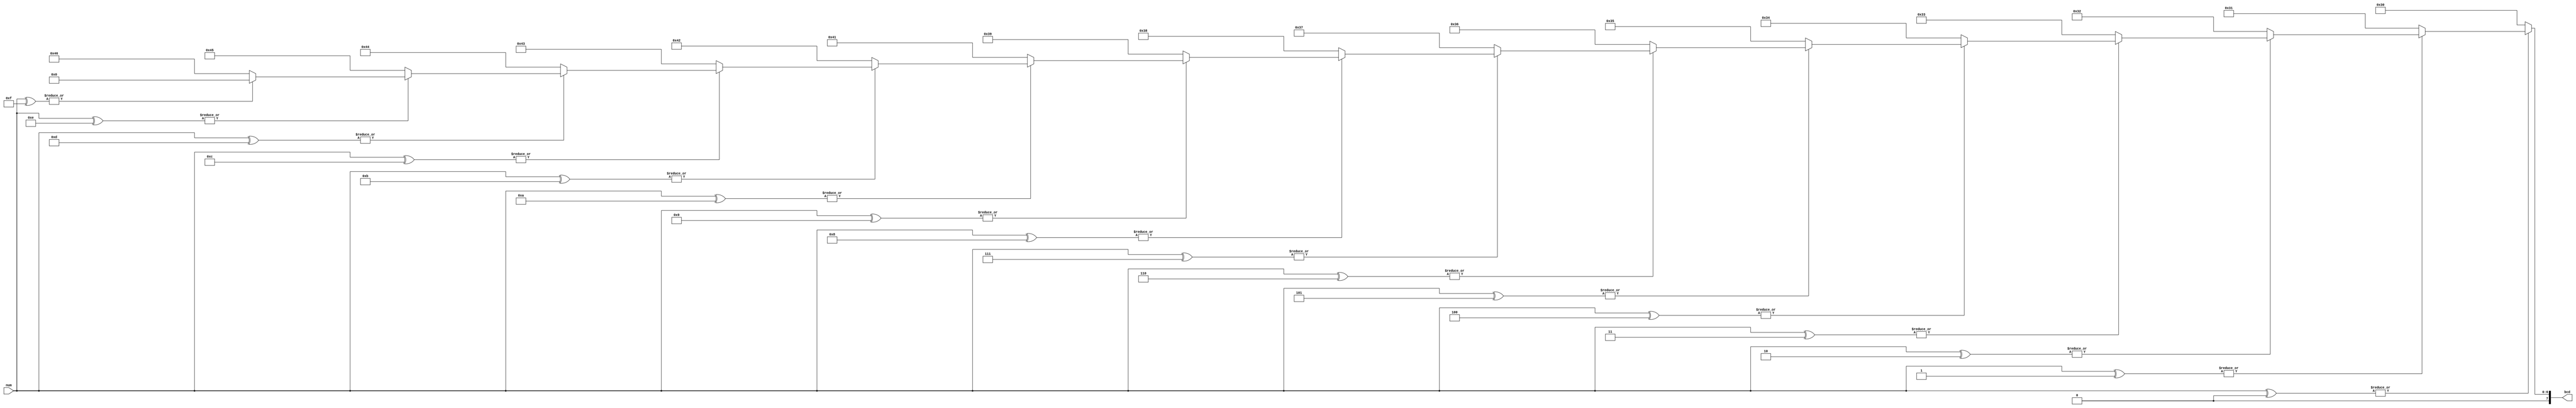
module Num2BCD(
       output[7:0] bcd,
       input [3:0] num
	   );
	   
    // convert binary to bcd
    assign bcd = (~|(num ^ 4'b0000)) ? "0" : //0
                 (~|(num ^ 4'b0001)) ? "1" : //1
                 (~|(num ^ 4'b0010)) ? "2" : //2
                 (~|(num ^ 4'b0011)) ? "3" : //3
                 (~|(num ^ 4'b0100)) ? "4" : //4
                 (~|(num ^ 4'b0101)) ? "5" : //5
                 (~|(num ^ 4'b0110)) ? "6" : //6
                 (~|(num ^ 4'b0111)) ? "7" : //7
                 (~|(num ^ 4'b1000)) ? "8" : //8
                 (~|(num ^ 4'b1001)) ? "9" : //9
                 (~|(num ^ 4'b1010)) ? "A" : //A
                 (~|(num ^ 4'b1011)) ? "B" : //B
                 (~|(num ^ 4'b1100)) ? "C" : //C
                 (~|(num ^ 4'b1101)) ? "D" : //D
                 (~|(num ^ 4'b1110)) ? "E" : //E
                 (~|(num ^ 4'b1111)) ? "F" : ""; //F
              
endmodule // end module Num2BCD